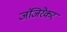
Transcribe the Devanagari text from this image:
जंजिरेकर